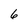
Character: 6